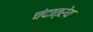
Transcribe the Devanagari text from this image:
चंदात्रेय